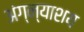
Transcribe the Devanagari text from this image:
अंग्न्याशय